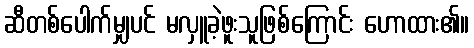
ဆီတစ်ပေါက်မျှပင် မလှူခဲ့ဖူးသူဖြစ်ကြောင်း ဟောထား၏။